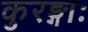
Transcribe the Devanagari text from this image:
कुरङ्गाः